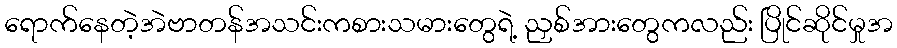
ရောက်နေတဲ့အဲဗာတန်အသင်းကစားသမားတွေရဲ့ ညှစ်အားတွေကလည်း ပြိုင်ဆိုင်မှုအ